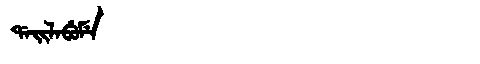
Manchu: ᡩᠠᡳᠯᠠᠪᡠᠮᡝ
Romanization: DAILABUME